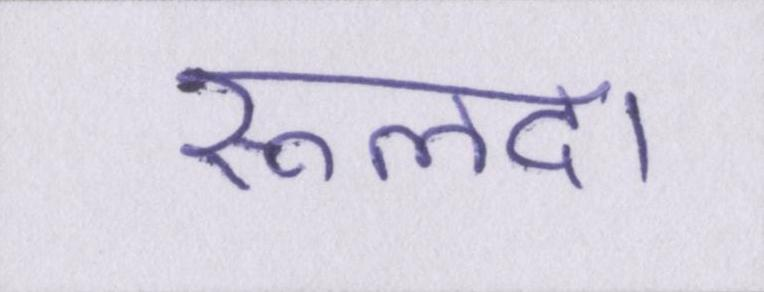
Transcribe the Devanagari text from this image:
रूलदा